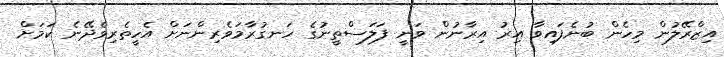
އިޒްރޭލުން މިހެން ބުނެފައިވާ އިރު އިރާނުން ވަނީ ފަލަސްތީނުގެ ހަނގުރާމަވެރިންނަށް އެހީތެރިވެދޭނެ ކަމަށް